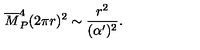
{ \overline { M } } _ { P } ^ { 4 } ( 2 \pi r ) ^ { 2 } \sim { \frac { r ^ { 2 } } { ( \alpha ^ { \prime } ) ^ { 2 } } } .